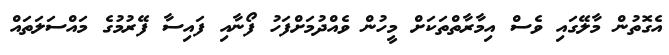
އެގޮތުން މާލޭގައި ވެސް އިމާރާތްތަަކަށް މީހުން ވެއްދުމަށްފަހު ފޯނާއި ފައިސާ ފޭރުމުގެ މައްސަލަތައް